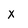
Character: X